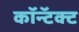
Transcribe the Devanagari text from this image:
कॉन्टॅक्ट